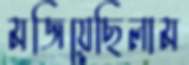
মজিয়েছিলাম